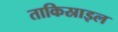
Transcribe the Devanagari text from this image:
ताकिस्राइल